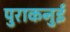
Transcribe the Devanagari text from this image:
पुराकनुई